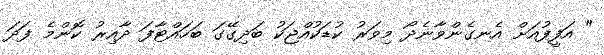
" އަފީފުއަށް އެނގެންވާނެދޯ މިވަރު ކުޑަކުއްޖަކު ބަދިގޭގަ ބަހައްޓާފަ ދާއިރު ކޮންމެ ފަދަ